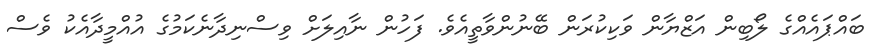
ބައްޕައެއްގެ ލޯބިން އަޒްޔާން ވަކިކުރަން ބޭނުންވާތީއެވެ. ފަހުން ނާއިލަށް ވިސްނިދާނެކަމުގެ އުއްމީދާއެކު ވެސް